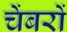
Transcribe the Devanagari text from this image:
चेंबरों